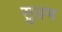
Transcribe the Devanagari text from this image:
सुप्तम